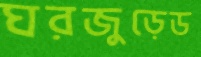
ঘরজুড়েড